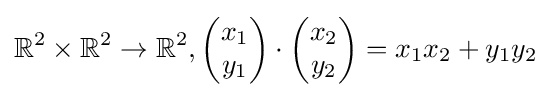
\mathbb {R} ^{2}\times \mathbb {R} ^{2}\rightarrow \mathbb {R} ^{2},{\begin{pmatrix}x_{1}\\y_{1}\end{pmatrix}}\cdot {\begin{pmatrix}x_{2}\\y_{2}\end{pmatrix}}=x_{1}x_{2}+y_{1}y_{2}